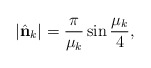
\begin{align*} |\hat{\bf n}_k| = {\pi\over\mu_k} \sin{\mu_k \over 4},\end{align*}